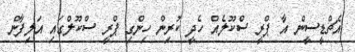
އެޗްޑީސީން އާ ޕްރީ ސްކޫލެއް ހެދީ ކުރިން ހިންގި ޕްރީ ސްކޫލްގައި އަލިފާން